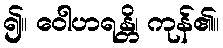
၍။ ဝေါဟရန္တိ၊ ကုန်၏။